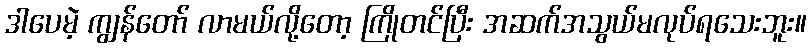
ဒါပေမဲ့ ကျွန်တော် လာမယ်လို့တော့ ကြိုတင်ပြီး အဆက်အသွယ်မလုပ်ရသေးဘူး။